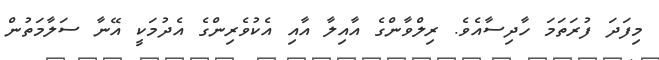
މިފަދަ ފުރަތަމަ ހާދިސާއެވެ. ރިލްވާންގެ އާއިލާ އާއި އެކުވެރިންގެ އެދުމަކީ އޭނާ ސަލާމަތުން